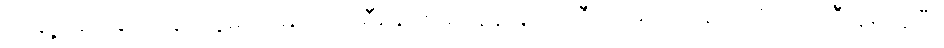
တချို့ အခြေအနေတွေမှာ မြောက်ကိုရီးယားအနေနဲ့ နျူကလီးယားလက်နက်ကို လက်ဦးမှုရယူပြီး